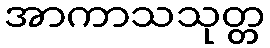
အာကာသသုတ္တ